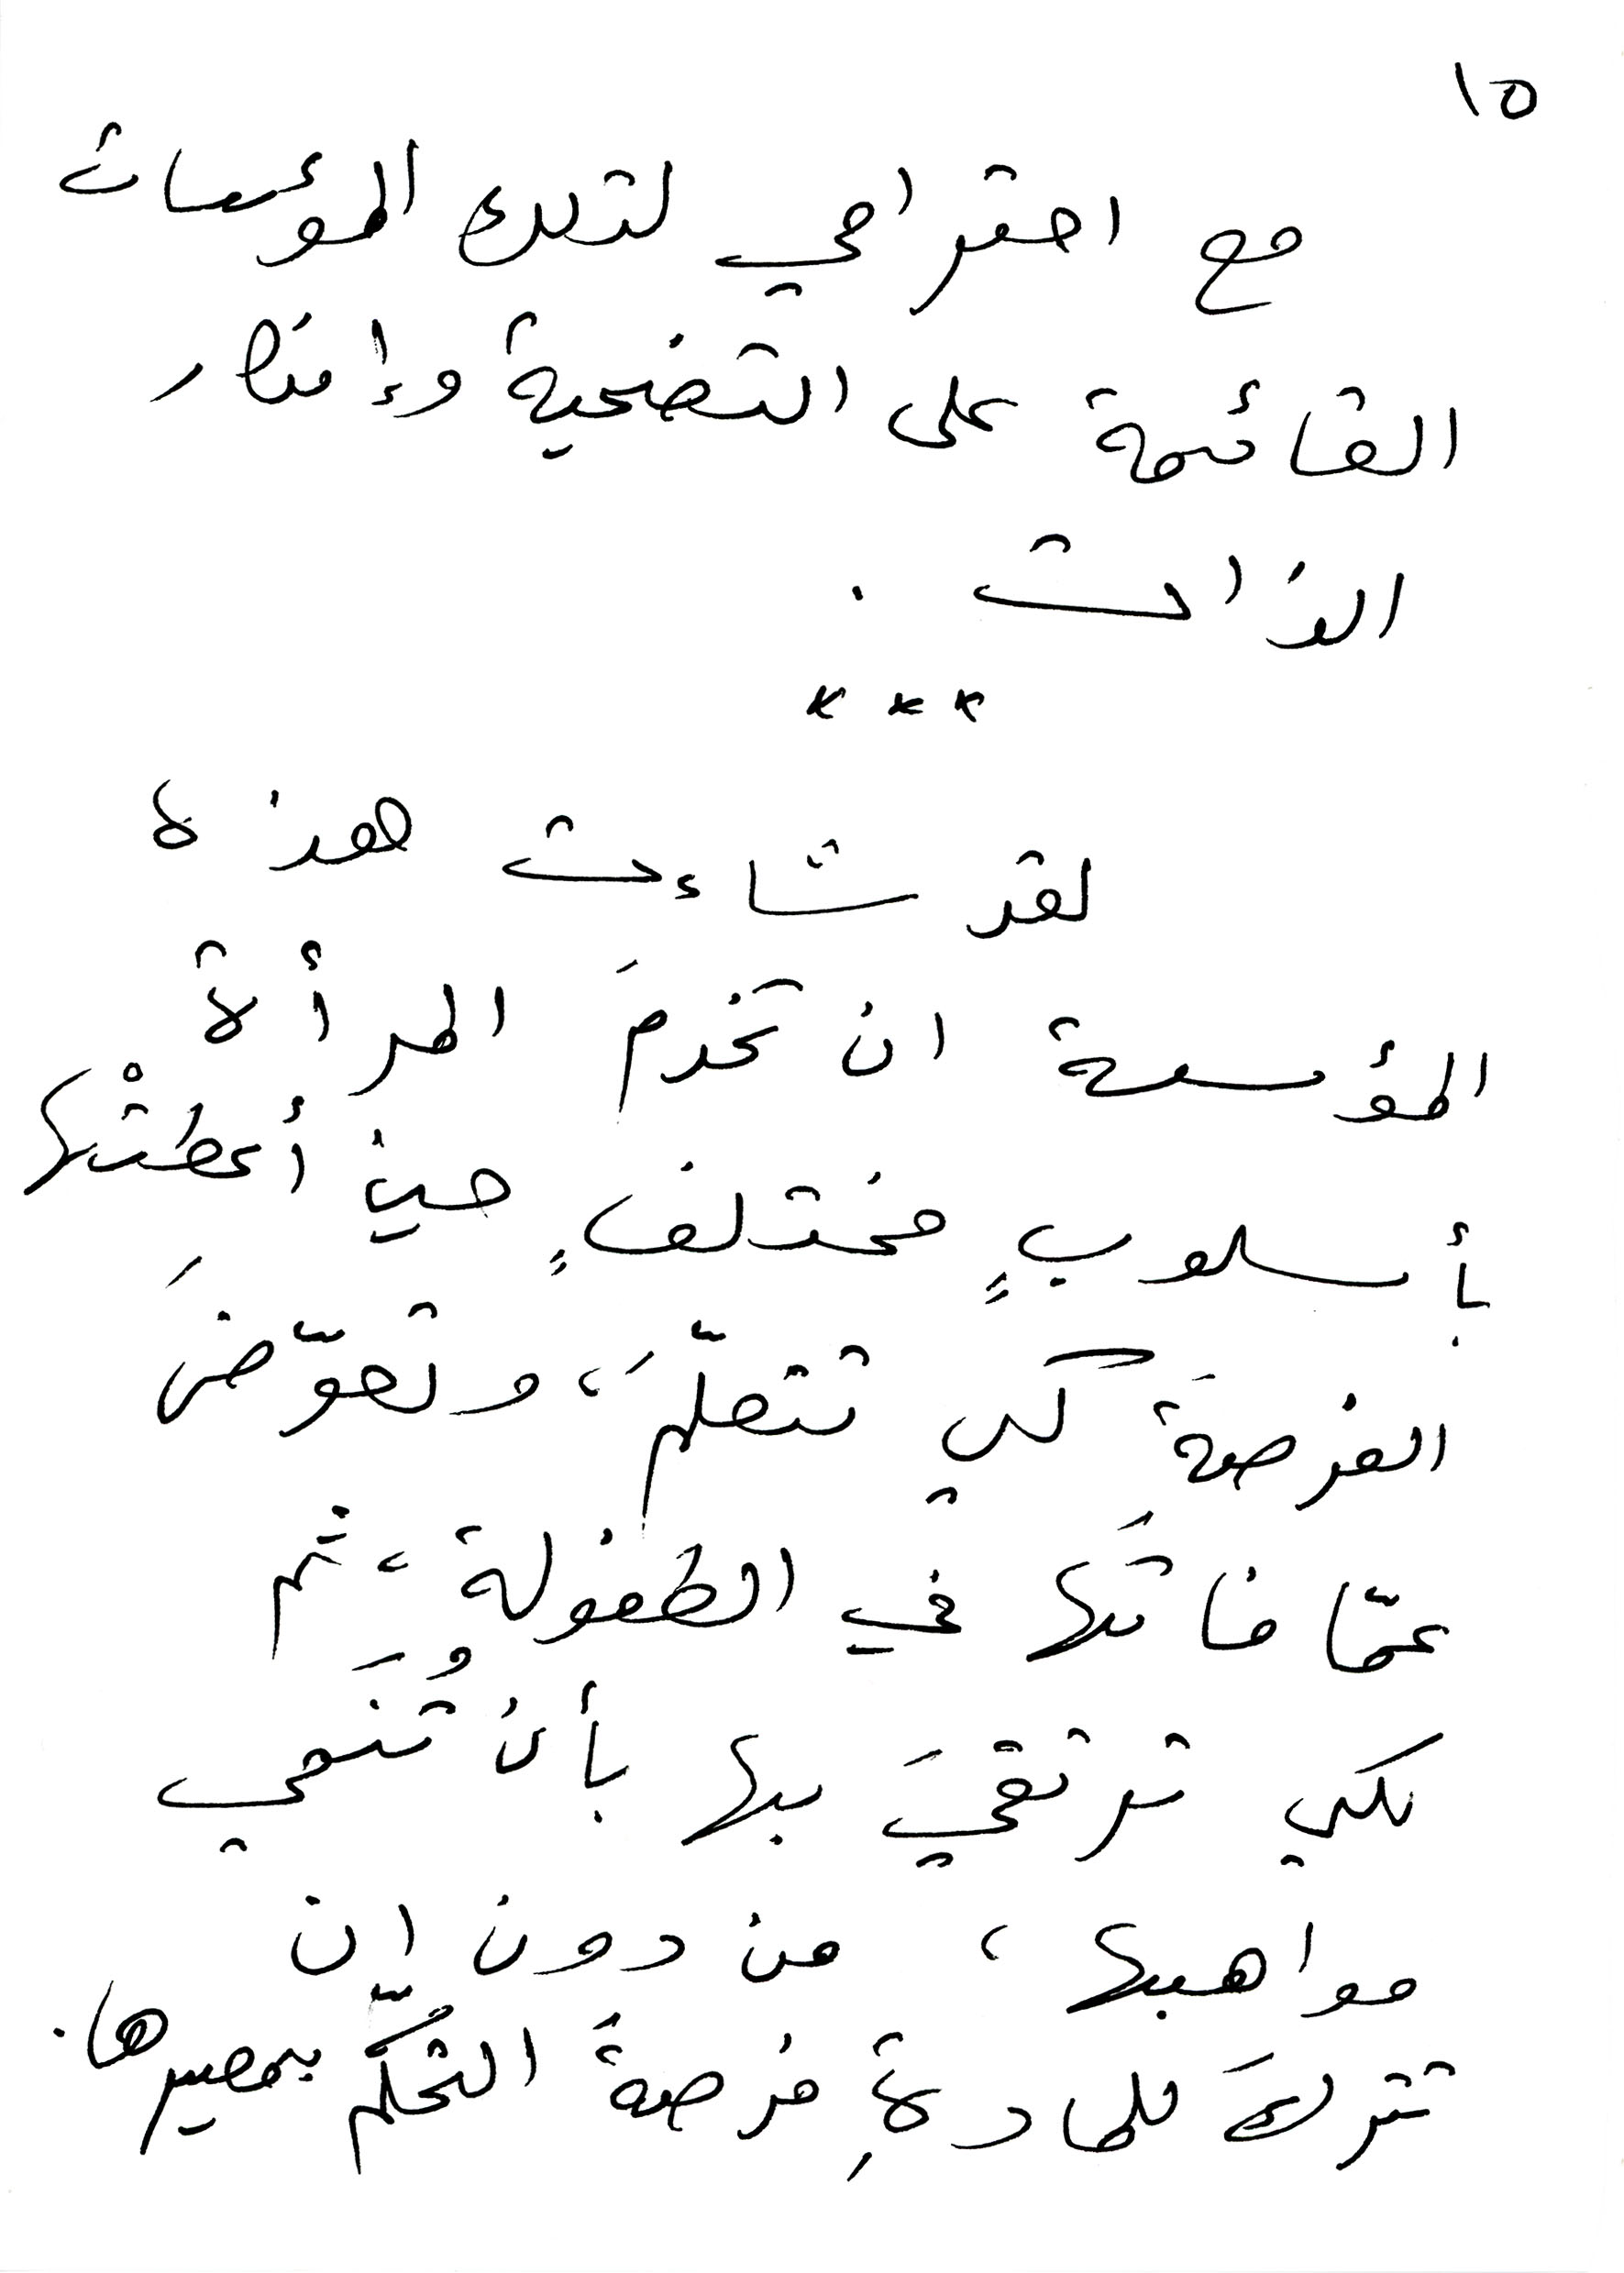
10
مع احترامي لتلك المؤسسات
القائمة على التضحية وإنكار
الذات,
لقد شاءت هذه
المؤسسة ان تخدمَ المرأة
بأسلوبٍ مختلفٍ حين أعطتْها
الفرصةَ كي تتعلّمَ، وتعوّضَ
عمّا فاتَها في الطفولة، ثم
لكي ترتقيَ بها بأن تُنَمي
مواهبها، من دون ان
تتركَ للمادةِ فرصةُ التحكّم بمصيرها.